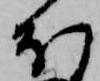
ほ